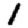
Digit: 1